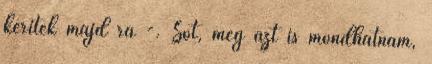
kerítek majd rá -. Sőt, még azt is mondhatnám,